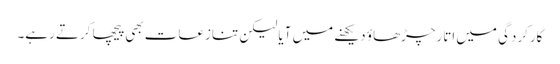
کارکردگی میں اتارچڑھاؤ دیکھنے میں آیا لیکن تنازعات بھی پیچھا کرتے رہے۔